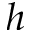
h